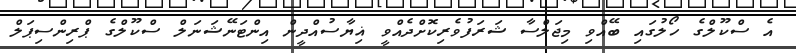
އެ ސްކޫލްގެ ހޯލުގައި ބޭއްވި މިޖަލްސާ ޝަރަފުވެރިކޮށްދެއްވީ ޣިޔާސުއްދީން އިންޓަނޭޝަނަލް ސްކޫލްގެ ޕްރިންސިޕަލް